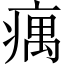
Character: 𤸒